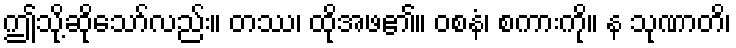
ဤသို့ဆိုသော်လည်း။ တဿ၊ ထိုအဖ၏။ ဝစနံ၊ စကားကို။ န သုဏာတိ၊